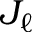
J _ { \ell }